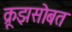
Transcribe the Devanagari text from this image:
क्रूझसोबत